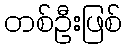
တစ်ဦးဖြစ်